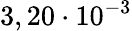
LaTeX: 3,20\cdot 10^{-3}